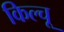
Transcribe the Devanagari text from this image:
किल्चू